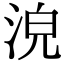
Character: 𣴟